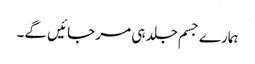
ہمارے جسم جلد ہی مر جائیں گے۔